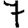
Digit: 7